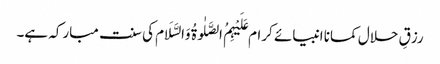
رزقِ حلال کمانا انبیائے کرام عَلَیْہِمُ الصَّلٰوۃُ وَالسَّلَام کی سنت مبارکہ ہے۔